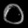
Digit: ၀